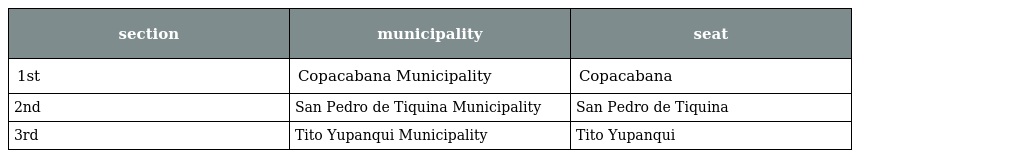
| section | municipality | seat |
 | --- | --- | --- |
 | 1st | Copacabana Municipality | Copacabana |
 | 2nd | San Pedro de Tiquina Municipality | San Pedro de Tiquina |
 | 3rd | Tito Yupanqui Municipality | Tito Yupanqui |